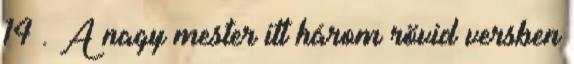
14 . A nagy mester itt három rövid versben